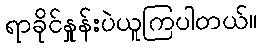
ရာခိုင်နှုန်းပဲယူကြပါတယ်။